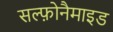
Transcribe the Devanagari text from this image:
सल्फ़ोनैमाइड